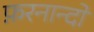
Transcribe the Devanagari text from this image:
फ़रनान्दो